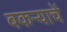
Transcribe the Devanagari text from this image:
बकर्‍याचें